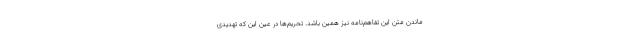
ماندن متن این تفاهم‌نامه نیز همین باشد. تحریم‌ها در عین این که تهدیدی